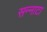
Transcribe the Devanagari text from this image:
सन्‍नाटा